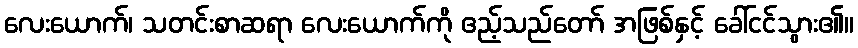
လေးယောက်၊ သတင်းစာဆရာ လေးယောက်ကို ဧည့်သည်တော် အဖြစ်နှင့် ခေါ်ငင်သွား၏။